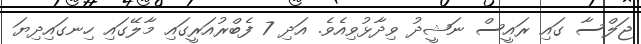
ޖަލްސާ ގައި ރައީސް ނަޝީދު ވިދާޅުވިއެވެ. އަދި 7 ފެބްރުއަރީގައި މާލޭގައި ހިނގައިދިޔަ